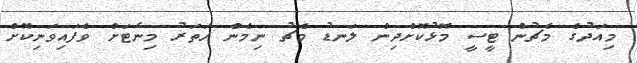
މިއަދުގެ މެޗުން ޓީސީ މޮޅުކޮށްދިން ލަނޑު މެޗު ނިމެން ހަތަރު މިނެޓަށް ވެފައިވަނިކޮށް